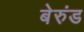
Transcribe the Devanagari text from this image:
बेरुंड